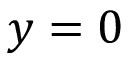
y = 0